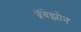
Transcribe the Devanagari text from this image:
ब्रॅबेझोन